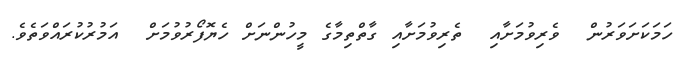
ހަމަކަށަވަރުން  ވެރިވުމަށާއި  ތެރިވުމަށާއި ގާތްތިމާގެ މީހުންނަށް ހެޔޮފޯރުވުމަށް  އަމުރުކުރައްވަތެވެ.